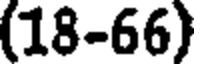
(18-66)